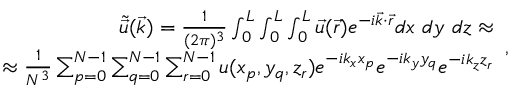
\begin{array} { r } { \tilde { \Vec { u } } ( \Vec { k } ) = \frac { 1 } { ( 2 \pi ) ^ { 3 } } \int _ { 0 } ^ { L } \int _ { 0 } ^ { L } \int _ { 0 } ^ { L } \Vec { u } ( \Vec { r } ) e ^ { - i \Vec { k } \cdot \Vec { r } } d x ~ d y ~ d z \approx } \\ { \approx \frac { 1 } { N ^ { 3 } } \sum _ { p = 0 } ^ { N - 1 } \sum _ { q = 0 } ^ { N - 1 } \sum _ { r = 0 } ^ { N - 1 } u ( x _ { p } , y _ { q } , z _ { r } ) e ^ { - i k _ { x } x _ { p } } e ^ { - i k _ { y } y _ { q } } e ^ { - i k _ { z } z _ { r } } } \end{array} ,